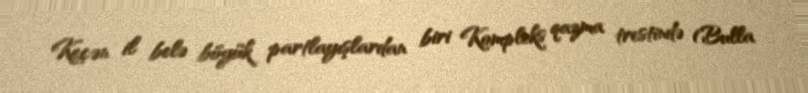
Keçən il belə böyük partlayışlardan biri Kompleks qazma trestində (Bulla